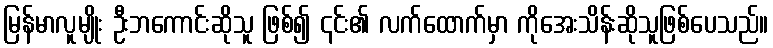
မြန်မာလူမျိုး ဦးဘကောင်းဆိုသူ ဖြစ်၍ ၎င်း၏ လက်ထောက်မှာ ကိုအေးသိန်းဆိုသူဖြစ်ပေသည်။